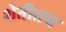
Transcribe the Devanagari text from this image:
शेतीतच